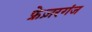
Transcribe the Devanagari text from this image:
फ्रेज़रगंज